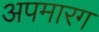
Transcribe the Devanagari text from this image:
अपमारग